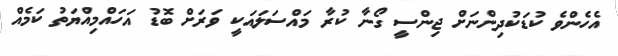
އެހެންވެ ކުޑަކުދިންނަށް ޖިންސީ ގޯނާ ކުރާ މައްސަަލައަކީ ވަރަށް ބޮޑު އަހައްމިއްޔަތު ކަމެއް